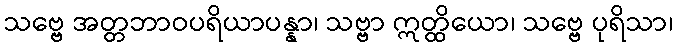
သဗ္ဗေ အတ္တဘာဝပရိယာပန္နာ၊ သဗ္ဗာ ဣတ္ထိယော၊ သဗ္ဗေ ပုရိသာ၊